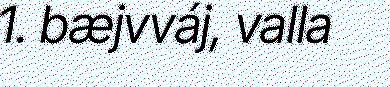
1. bæjvváj, valla